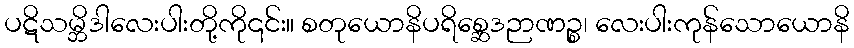
ပဋိသမ္ဘိဒါလေးပါးတို့ကို၎င်း။ စတုယောနိပရိစ္ဆေဒဉာဏဉ္စ၊ လေးပါးကုန်သောယောနိ